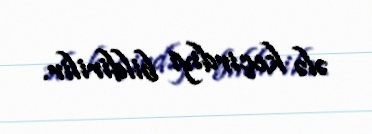
ələ keçirdiyi bildirilir.